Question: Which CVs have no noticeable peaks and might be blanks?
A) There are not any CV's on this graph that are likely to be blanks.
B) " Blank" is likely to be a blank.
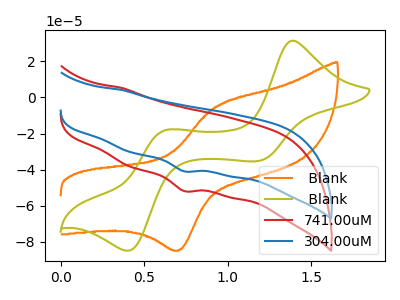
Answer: <think>The orange curve " Blank" has an anodic peak at (0.95V, -5.15uA) and a cathodic peak at (0.70V, -84.50uA). The olive curve " Blank" has anodic peaks at (1.40V, 31.45uA) (0.65V, -18.15uA) and cathodic peaks at (1.20V, -35.15uA) (0.40V, -84.90uA). The red curve "741.00uM" has a cathodic peak at: (0.75V, -51.80uA). The blue curve "304.00uM" has a cathodic peak at: (0.75V, -40.90uA).</think>
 <answer>A) There are not any CV's on this graph that are likely to be blanks.</answer>
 <eval>A</eval>